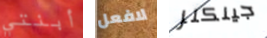
أبنتي لافعل جينكنز